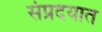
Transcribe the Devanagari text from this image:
संप्रदयात